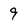
Character: 9